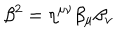
LaTeX: \beta ^ { 2 } = \eta ^ { \mu \nu } \beta _ { \mu } \beta _ { \nu }